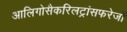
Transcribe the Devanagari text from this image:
आलिगोसैकरिलट्रांसफरेजों